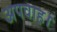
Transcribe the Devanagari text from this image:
अपवाह।